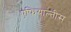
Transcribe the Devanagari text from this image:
एफियाल्तीस